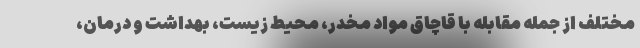
مختلف از جمله مقابله با قاچاق مواد مخدر، محیط زیست، بهداشت و درمان،